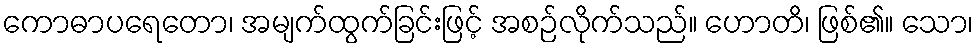
ကောဓာပရေတော၊ အမျက်ထွက်ခြင်းဖြင့် အစဉ်လိုက်သည်။ ဟောတိ၊ ဖြစ်၏။ သော၊